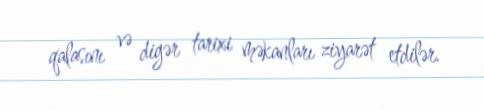
qalasını və digər tarixi məkanları ziyarət etdilər.